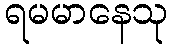
ရမမာနေသု